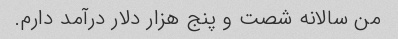
من سالانه شصت و پنج هزار دلار درآمد دارم.